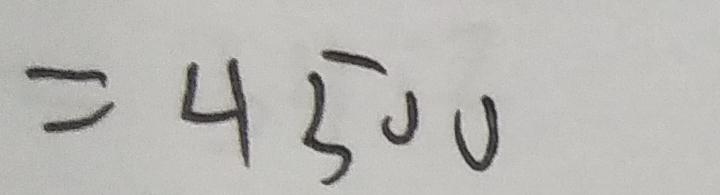
= 4 5 0 0